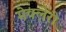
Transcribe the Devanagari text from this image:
मेक्लेरी